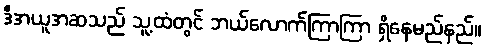
ဒီအယူအဆသည် သူ့ထံတွင် ဘယ်လောက်ကြာကြာ ရှိနေမည်နည်။